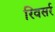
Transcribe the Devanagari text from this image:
रिवसर्र